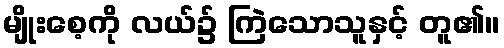
မျိုးစေ့ကို လယ်၌ ကြဲသောသူနှင့် တူ၏။